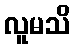
လူမသိ